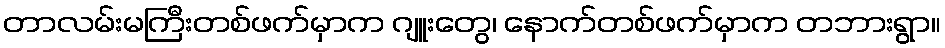
တာလမ်းမကြီးတစ်ဖက်မှာက ဂျူးတွေ၊ နောက်တစ်ဖက်မှာက တဘားရွာ။